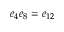
e _ { 4 } e _ { 8 } = e _ { 1 2 }